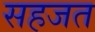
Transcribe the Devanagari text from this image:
सहजत